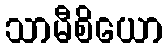
သာမီစိယော